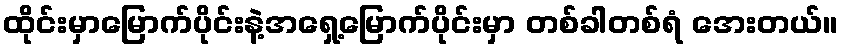
ထိုင်းမှာမြောက်ပိုင်းနဲ့အရှေ့မြောက်ပိုင်းမှာ တစ်ခါတစ်ရံ အေးတယ်။